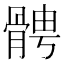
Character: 𩩍